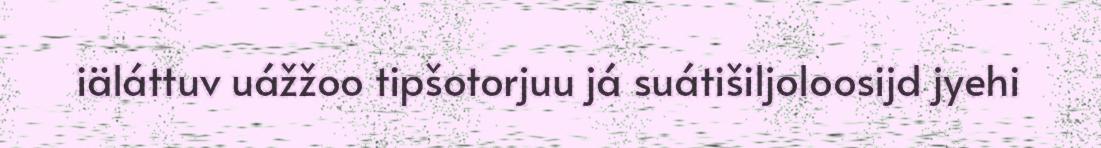
iäláttuv uážžoo tipšotorjuu já suátišiljoloosijd jyehi